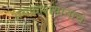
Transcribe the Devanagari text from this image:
अवकाशयानाचे